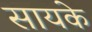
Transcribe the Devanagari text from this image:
सायके